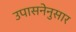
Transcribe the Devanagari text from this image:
उपासनेनुसार